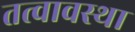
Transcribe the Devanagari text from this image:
तत्वावस्था